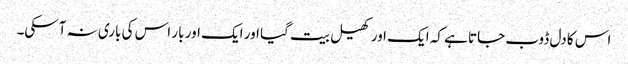
اس کا دل ڈوب جاتا ہے کہ ایک اور کھیل بیت گیا اور ایک اور بار اس کی باری نہ آسکی۔